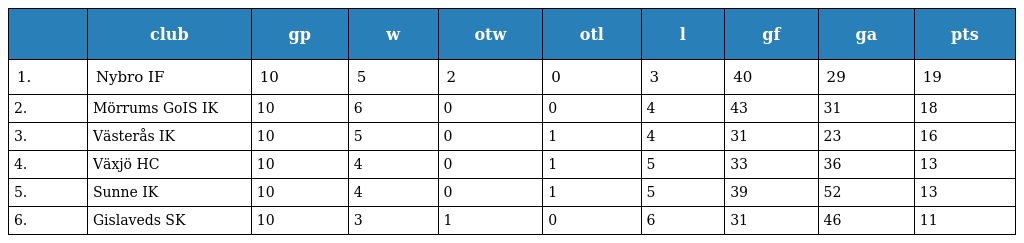
|  | club | gp | w | otw | otl | l | gf | ga | pts |
 | --- | --- | --- | --- | --- | --- | --- | --- | --- | --- |
 | 1. | Nybro IF | 10 | 5 | 2 | 0 | 3 | 40 | 29 | 19 |
 | 2. | Mörrums GoIS IK | 10 | 6 | 0 | 0 | 4 | 43 | 31 | 18 |
 | 3. | Västerås IK | 10 | 5 | 0 | 1 | 4 | 31 | 23 | 16 |
 | 4. | Växjö HC | 10 | 4 | 0 | 1 | 5 | 33 | 36 | 13 |
 | 5. | Sunne IK | 10 | 4 | 0 | 1 | 5 | 39 | 52 | 13 |
 | 6. | Gislaveds SK | 10 | 3 | 1 | 0 | 6 | 31 | 46 | 11 |